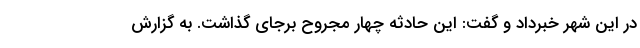
در این شهر خبرداد و گفت: این حادثه چهار مجروح برجای گذاشت. به گزارش